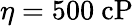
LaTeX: \eta=500~\mathrm{cP}